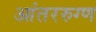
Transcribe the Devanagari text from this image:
आंतररुग्ण